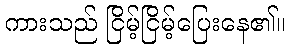
ကားသည် ငြိမ့်ငြိမ့်ပြေးနေ၏။